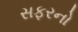
સફરનો